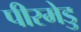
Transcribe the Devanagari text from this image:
पीरमेडु